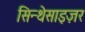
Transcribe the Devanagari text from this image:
सिन्थेसाइज़र